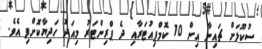
ސުކޫލަށް ޗައިނާ އިން 10 ކޮމްޕިއުޓަރާއި ދެ ޕްރިންޓަރު މިއަދު ހަދިޔާކޮށްފި އެވެ.